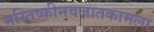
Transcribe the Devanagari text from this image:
मस्तिष्कीनवजातकामला